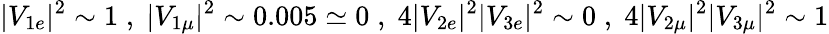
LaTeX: |V_{1e}|^{2}\sim 1\; ,\; |V_{1\mu}|^{2}\sim 0.005\simeq 0\; ,\; 4|V_{2e}|^{2}|V_{3e}|^{2}\sim 0\; ,\; 4|V_{2\mu}|^{2}|V_{3\mu}|^{2}\sim 1